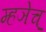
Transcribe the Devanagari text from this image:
म्हञेच्